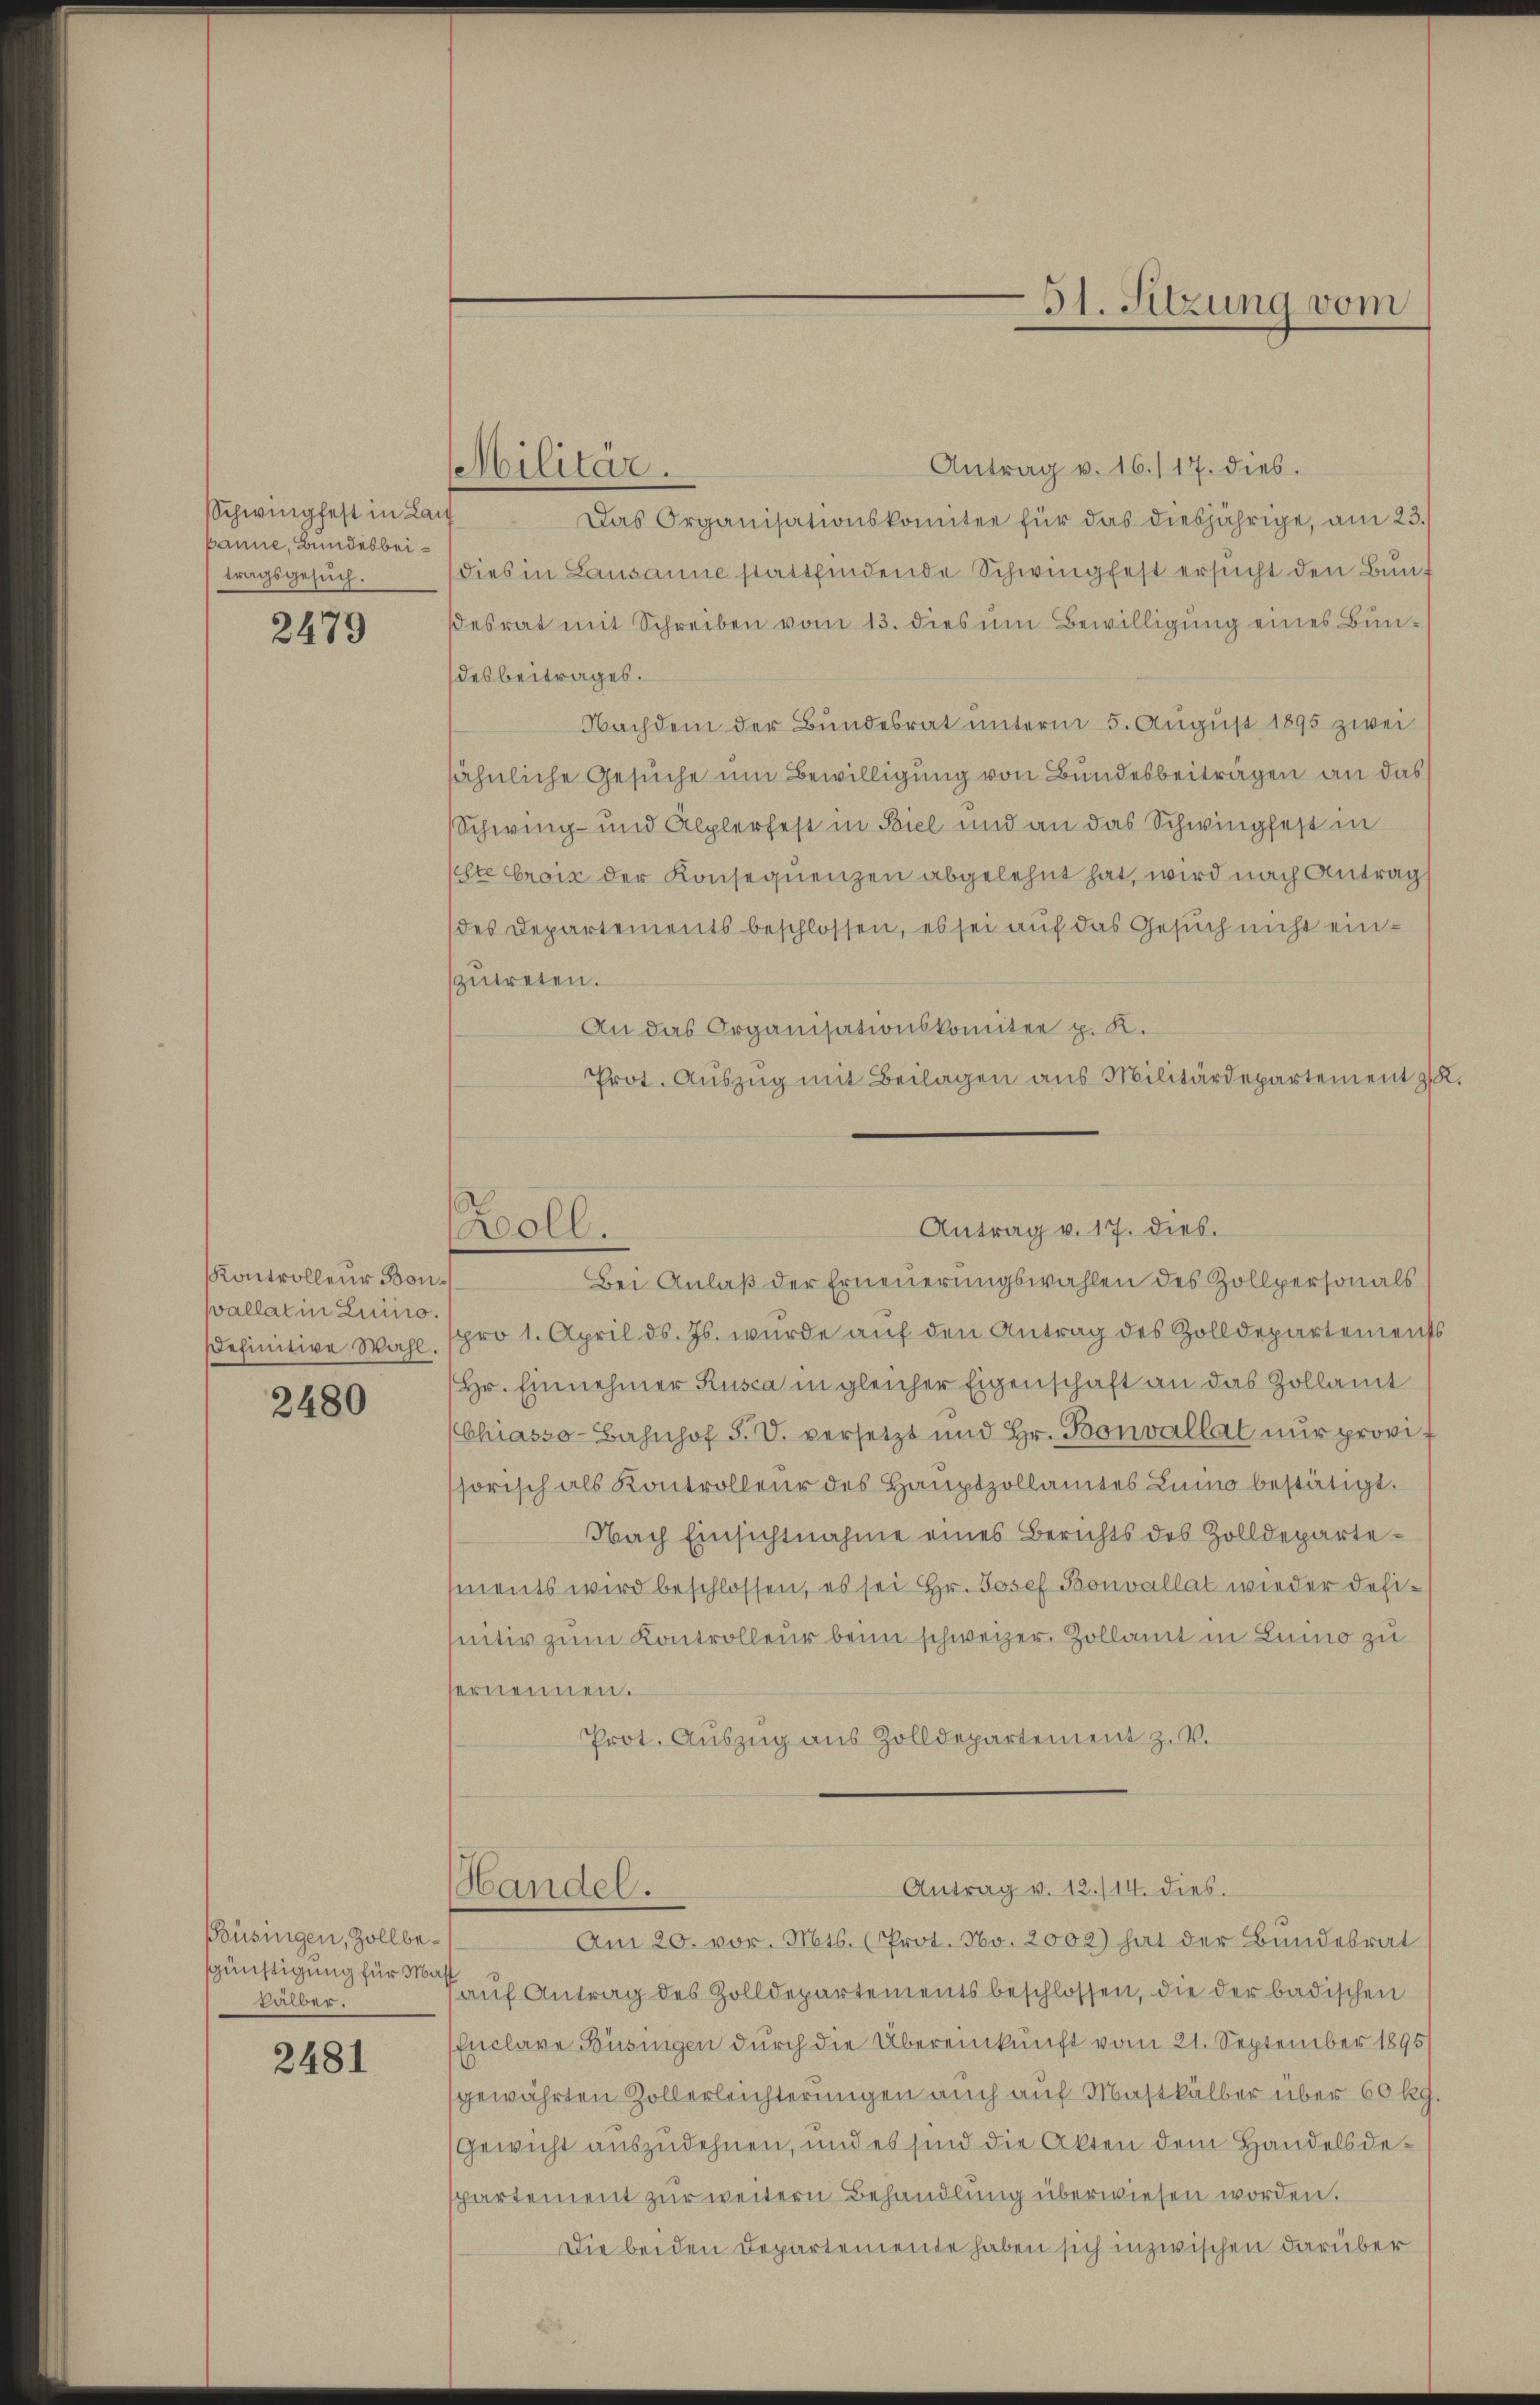
Schwingfest in Lan
panne, Bundesbeitragsgesuch.

2479

KKontrolleur Bon¬
Wallat in Luino
definitive Wahl.

2480

Büsingen, Zollbesgünstigung für Mas
salber.

2481

Antrag v. 16./17. dies.
Das Organisationskomitee für das diesjährige, am 23.
dies in Lausanne stattfindende Schwingfest ersucht den Bundesrat mit Schreiben vom 13. dies um Bewilligung eines Bundesbeitrages.
Nachdem der Bundesrat unterm 5. August 1895 zwei
sähnliche Gesuche um Bewilligung von Bundesbeiträgen an das
Schwing- und Alplerfest in Biel und an das Schwingfest in
ste Croix der Konsequenzen abgelehnt hat, wird nach Antrag
des Departements beschlossen, es sei auf das Gesuch nicht einszutreten.
An das Organisationskomitee p. K.
Prot. Aŭszŭg mit Beilagen aus Militärdepartement

Militär.

oll.

Handel.

pro 1. April d. Js. wurde auf den Antrag des Zolldepartements
Hr. Einnehmer Rusca in gleicher Eigenschaft an das Zollamt
(Chiasso-Bahnhof F. V. versetzt und Hr. Bonvallat nŭr provisorisch als Kontrolleur des Hauptzollamtes Luino bestätigt.
Nach Einsichtnahme eines Berichts des Zolldepartements wird beschlossen, es sei Hr. Josef Bonvallat wieder defisentir zum Kontrolleur beim schweizer. Zollamt in Luino zu
ternennen.
Prot. Auszug aus Zolldepartement z. V.

Antrag v. 17. dies.
Bei Anlaß der Erneuerungswahlen des Zollpersonals

Antrag v. 12./14. dies.

Am 20. vor. Mts. (Prot. No. 2002) hat der Bundesrat
auf Antrag des Zolldepartements beschlossen, die der badischen
Enclave Büsingen durch die Übereinkunft vom 21. September 1895/
gewährten Zollerleichterungen auch auf Mastkälber über 60 Rg.
Gewicht auszudehnen, und es sind die Akten dem Handelsdespartement zur weitern Behandlung überwiesen worden.
Die beiden Departemente haben sich inzwischen darüber

31. Sitzung vom